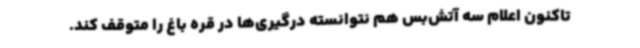
تاکنون اعلام سه آتش‌بس هم نتوانسته درگیری‌ها در قره باغ را متوقف کند.